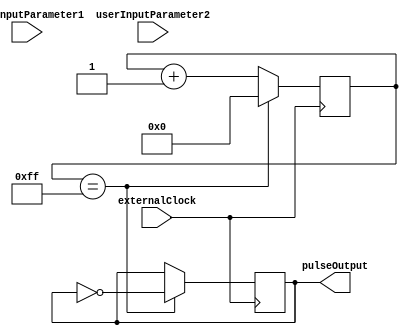
module VariableFrequencyPulseGenerator (
    input wire userInputParameter1,
    input wire userInputParameter2,
    input wire externalClock,
    output reg pulseOutput
);
    
    reg [7:0] counter;
    
    always @(posedge externalClock) begin
        if (counter == 8'b11111111) begin
            counter <= 8'b0;
            pulseOutput <= ~pulseOutput;
        end else begin
            counter <= counter + 1;
        end
    end
    
endmodule